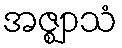
အဇ္ဈာသံ